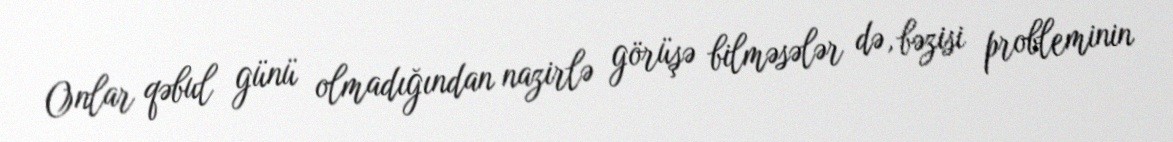
Onlar qəbul günü olmadığından nazirlə görüşə bilməsələr də, bəzisi probleminin